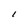
Character: 1